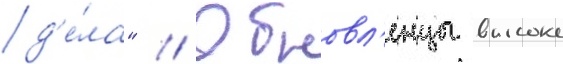
д'е́ла" // Обновл'енцы высоко